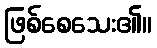
ဖြစ်စေသေး၏။